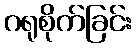
ဂရုစိုက်ခြင်း